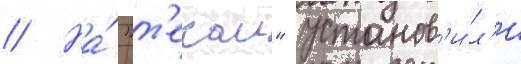
// На́ "т'екаи" установ'и́л'и